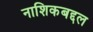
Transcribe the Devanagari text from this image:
नाशिकबद्दल